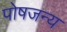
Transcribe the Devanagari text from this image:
पोषजन्य